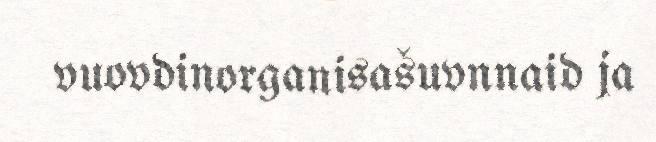
vuovdinorganisašuvnnaid ja